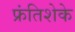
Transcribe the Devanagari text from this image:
फ्रंतिशेके